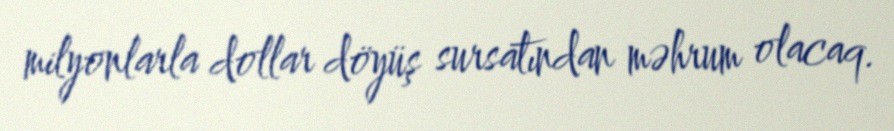
milyonlarla dollar döyüş sursatından məhrum olacaq.